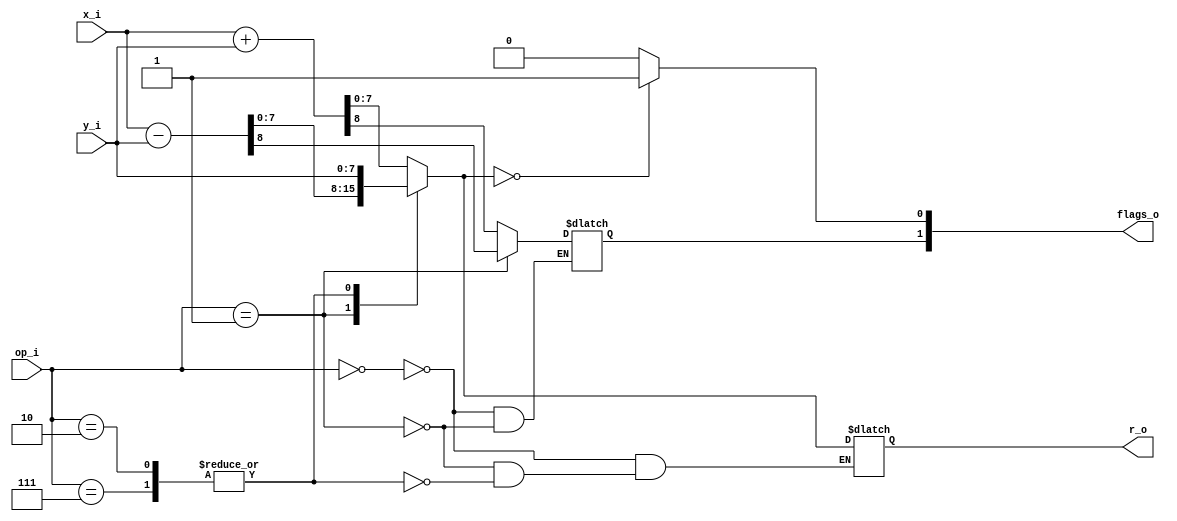
// ALU (Unidad Aritmtica Lgica)
// Esta ALU es capaz de realizar operaciones de suma y resta.
// Las operaciones se controlan mediante la seal de control `op`.
//        ----------------------------------
//        |  op  |   ALU Operation
//        ----------------------------------
//        | 000  |   ALU_Out = y + x; 
//        ----------------------------------
//        | 001  |   ALU_Out = y - x;
//        ----------------------------------
//
// Entradas:
// - x_i: Primer operando de 8 bits.
// - y_i: Segundo operando de 8 bits.
// - op_i: Cdigo de operacin de 3 bits que determina la operacin a realizar.
//
//
// Salidas:
// - r_o: Resultado de 8 bits de la operacin.
// - flags_o: Banderas de estado resultantes de la operacin (carry, zero).
//    - zero: seal de cero. Se activa si el resultado es cero.
//    - carry: seal de desbordamiento. Se activa si el resultado es demasiado grande para representarlo con 8 bits sin signo.

module alu(
  input [7:0] x_i, // 8-bit input x
  input [7:0] y_i,
  input [2:0] op_i,
  output reg [7:0] r_o,
  output reg [1:0] flags_o // flags_o[0] = fz, flags_o[1] = fc
);

  always @(*) begin
    case(op_i)
      3'b000:  {flags_o[1], r_o} = x_i + y_i;  // ADD
      3'b001:  {flags_o[1], r_o} = x_i - y_i;  // SUB
      3'b010, 3'b111: r_o = y_i;               // LDA, LDI
    endcase
    flags_o[0] = (r_o == 8'b0) ? 1'b1 : 1'b0; // fz

  end

endmodule